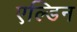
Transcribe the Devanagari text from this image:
एल्डिन